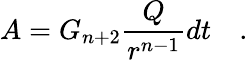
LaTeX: A=G_{n+2}\frac{Q}{r^{n-1}}dt\quad.